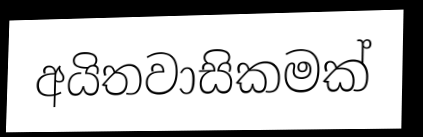
අයිතවාසිකමක්